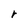
Character: r